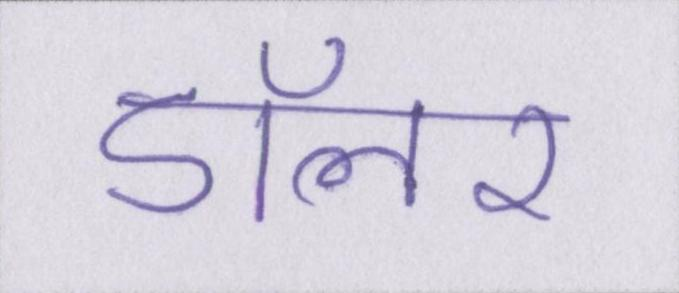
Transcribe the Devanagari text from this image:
डॉलर